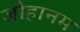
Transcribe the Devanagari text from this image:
जोहानम